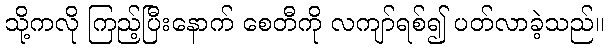
သို့ကလို ကြည့်ပြီးနောက် စေတီကို လကျာ်ရစ်၍ ပတ်လာခဲ့သည်။